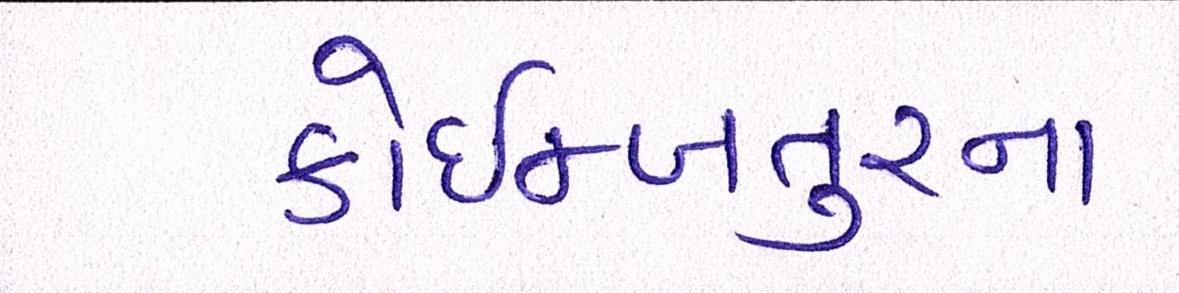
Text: કોઇમ્બતુરના